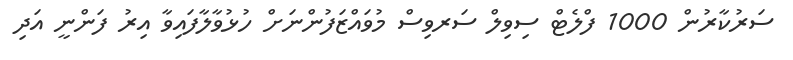
ސަރުކާރުން 1000 ފްލެޓް ސިވިލް ސަރވިސް މުވައްޒަފުންނަށް ހުޅުވާލާފައިވާ އިރު ފަންނީ އަދި